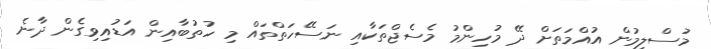
މުސްލިމުން އުއްމަތަށް ދޭ މުހިންމު މެސެޖްތަކާއި ނަސޭހަތްތައް މި ހުތުބާއިން އަޑުއިވިގެން ދާނެ